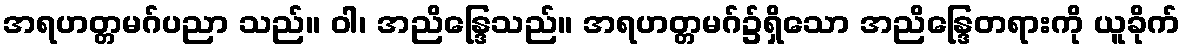
အရဟတ္တမဂ်ပညာ သည်။ ဝါ၊ အညိန္ဒြေသည်။ အရဟတ္တမဂ်၌ရှိသော အညိန္ဒြေတရားကို ယူခိုက်